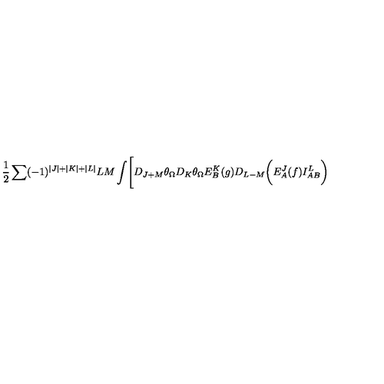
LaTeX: { \frac { 1 } { 2 } } \sum ( - 1 ) ^ { | J | + | K | + | L | } { \binom { L } { M } } \int \Biggl [ D _ { J + M } \theta _ { \Omega } D _ { K } \theta _ { \Omega } E _ { B } ^ { K } ( g ) D _ { L - M } \biggl ( E _ { A } ^ { J } ( f ) I _ { A B } ^ { L } \biggr )